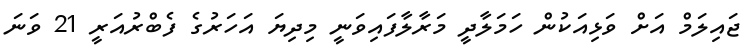
ޖައިލަމް އަށް ވަޅިއަކުން ހަމަލާދީ މަރާލާފައިވަނީ މިދިޔަ އަހަރުގެ ފެބްރުއަރީ 21 ވަނަ